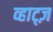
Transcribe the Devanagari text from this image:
व्हाट्ज़